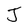
Character: J